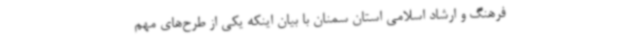
فرهنگ و ارشاد اسلامی استان سمنان با بیان اینکه یکی از طرح‌های مهم